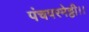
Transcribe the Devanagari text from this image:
पंचपरमेट्ठी।।